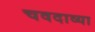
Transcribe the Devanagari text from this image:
चवदाव्या